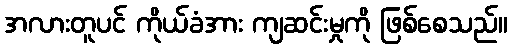
အလားတူပင် ကိုယ်ခံအား ကျဆင်းမှုကို ဖြစ်စေသည်။